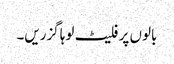
بالوں پر فلیٹ لوہا گزریں۔